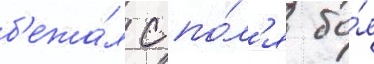
б'ежа́л с по́л'я бо́я